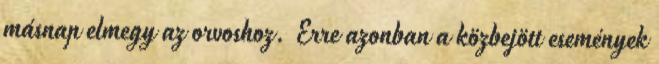
másnap elmegy az orvoshoz. Erre azonban a közbejött események